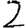
Digit: 2